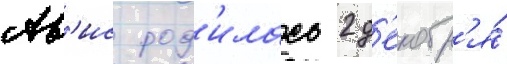
Ав'ис род'илась 2 д'екабр'я́